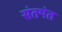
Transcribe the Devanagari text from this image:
संतपंत